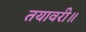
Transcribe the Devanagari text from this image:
तयावरी॥